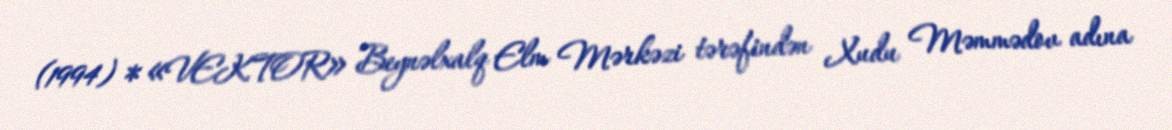
(1994) * «VEKTOR» Beynəlxalq Elm Mərkəzi tərəfindən Xudu Məmmədov adına